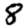
Digit: 8